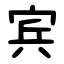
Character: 宾